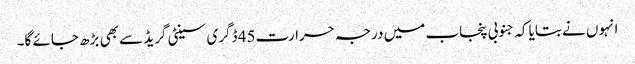
انہوں نے بتایا کہ جنوبی پنجاب میں درجہ حرارت45 ڈگری سینٹی گریڈ سے بھی بڑھ جائے گا۔